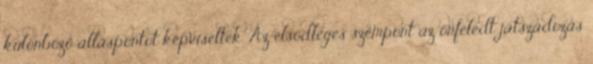
különböző álláspontot képviseltek. Az elsődleges szempont az önfeledt játszadozás